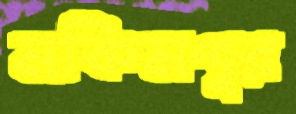
মকিমপুর